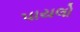
પાયલો